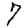
Digit: 7